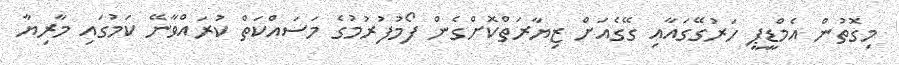
މިގޮތުން އެމްޑީޕީ ހަރުގޭގައާއި ގޭގެއަށް ޒިޔާރަތްކޮށްގެން ފޯމުފުރުމުގެ މަސައްކަތް ކުރައްވާނޭ ކަމުގައި މާރިޔާ